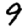
Digit: 9